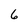
Character: 6